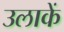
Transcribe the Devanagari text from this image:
उलाकें